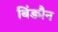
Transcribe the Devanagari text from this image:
बिंड्मैन